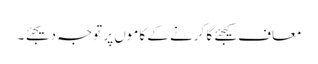
معاف کیجئے گا کرنے کے کاموں پر توجہ دیجئے ۔